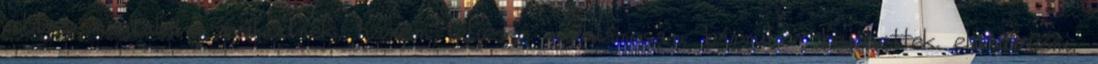
utána megtalálni működnek, hanem teljesen nyilvánosan, bármikor bejöhettek ellenőrizni,